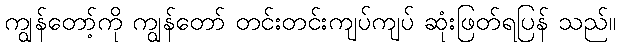
ကျွန်တော့်ကို ကျွန်တော် တင်းတင်းကျပ်ကျပ် ဆုံးဖြတ်ရပြန် သည်။